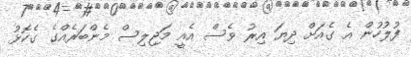
ފުލުހުން އެ ގެއަށް ދިޔަ އިރު ވެސް އެއީ މަޖިލިސް މެންބަރެއްގެ ގެކޮޅު